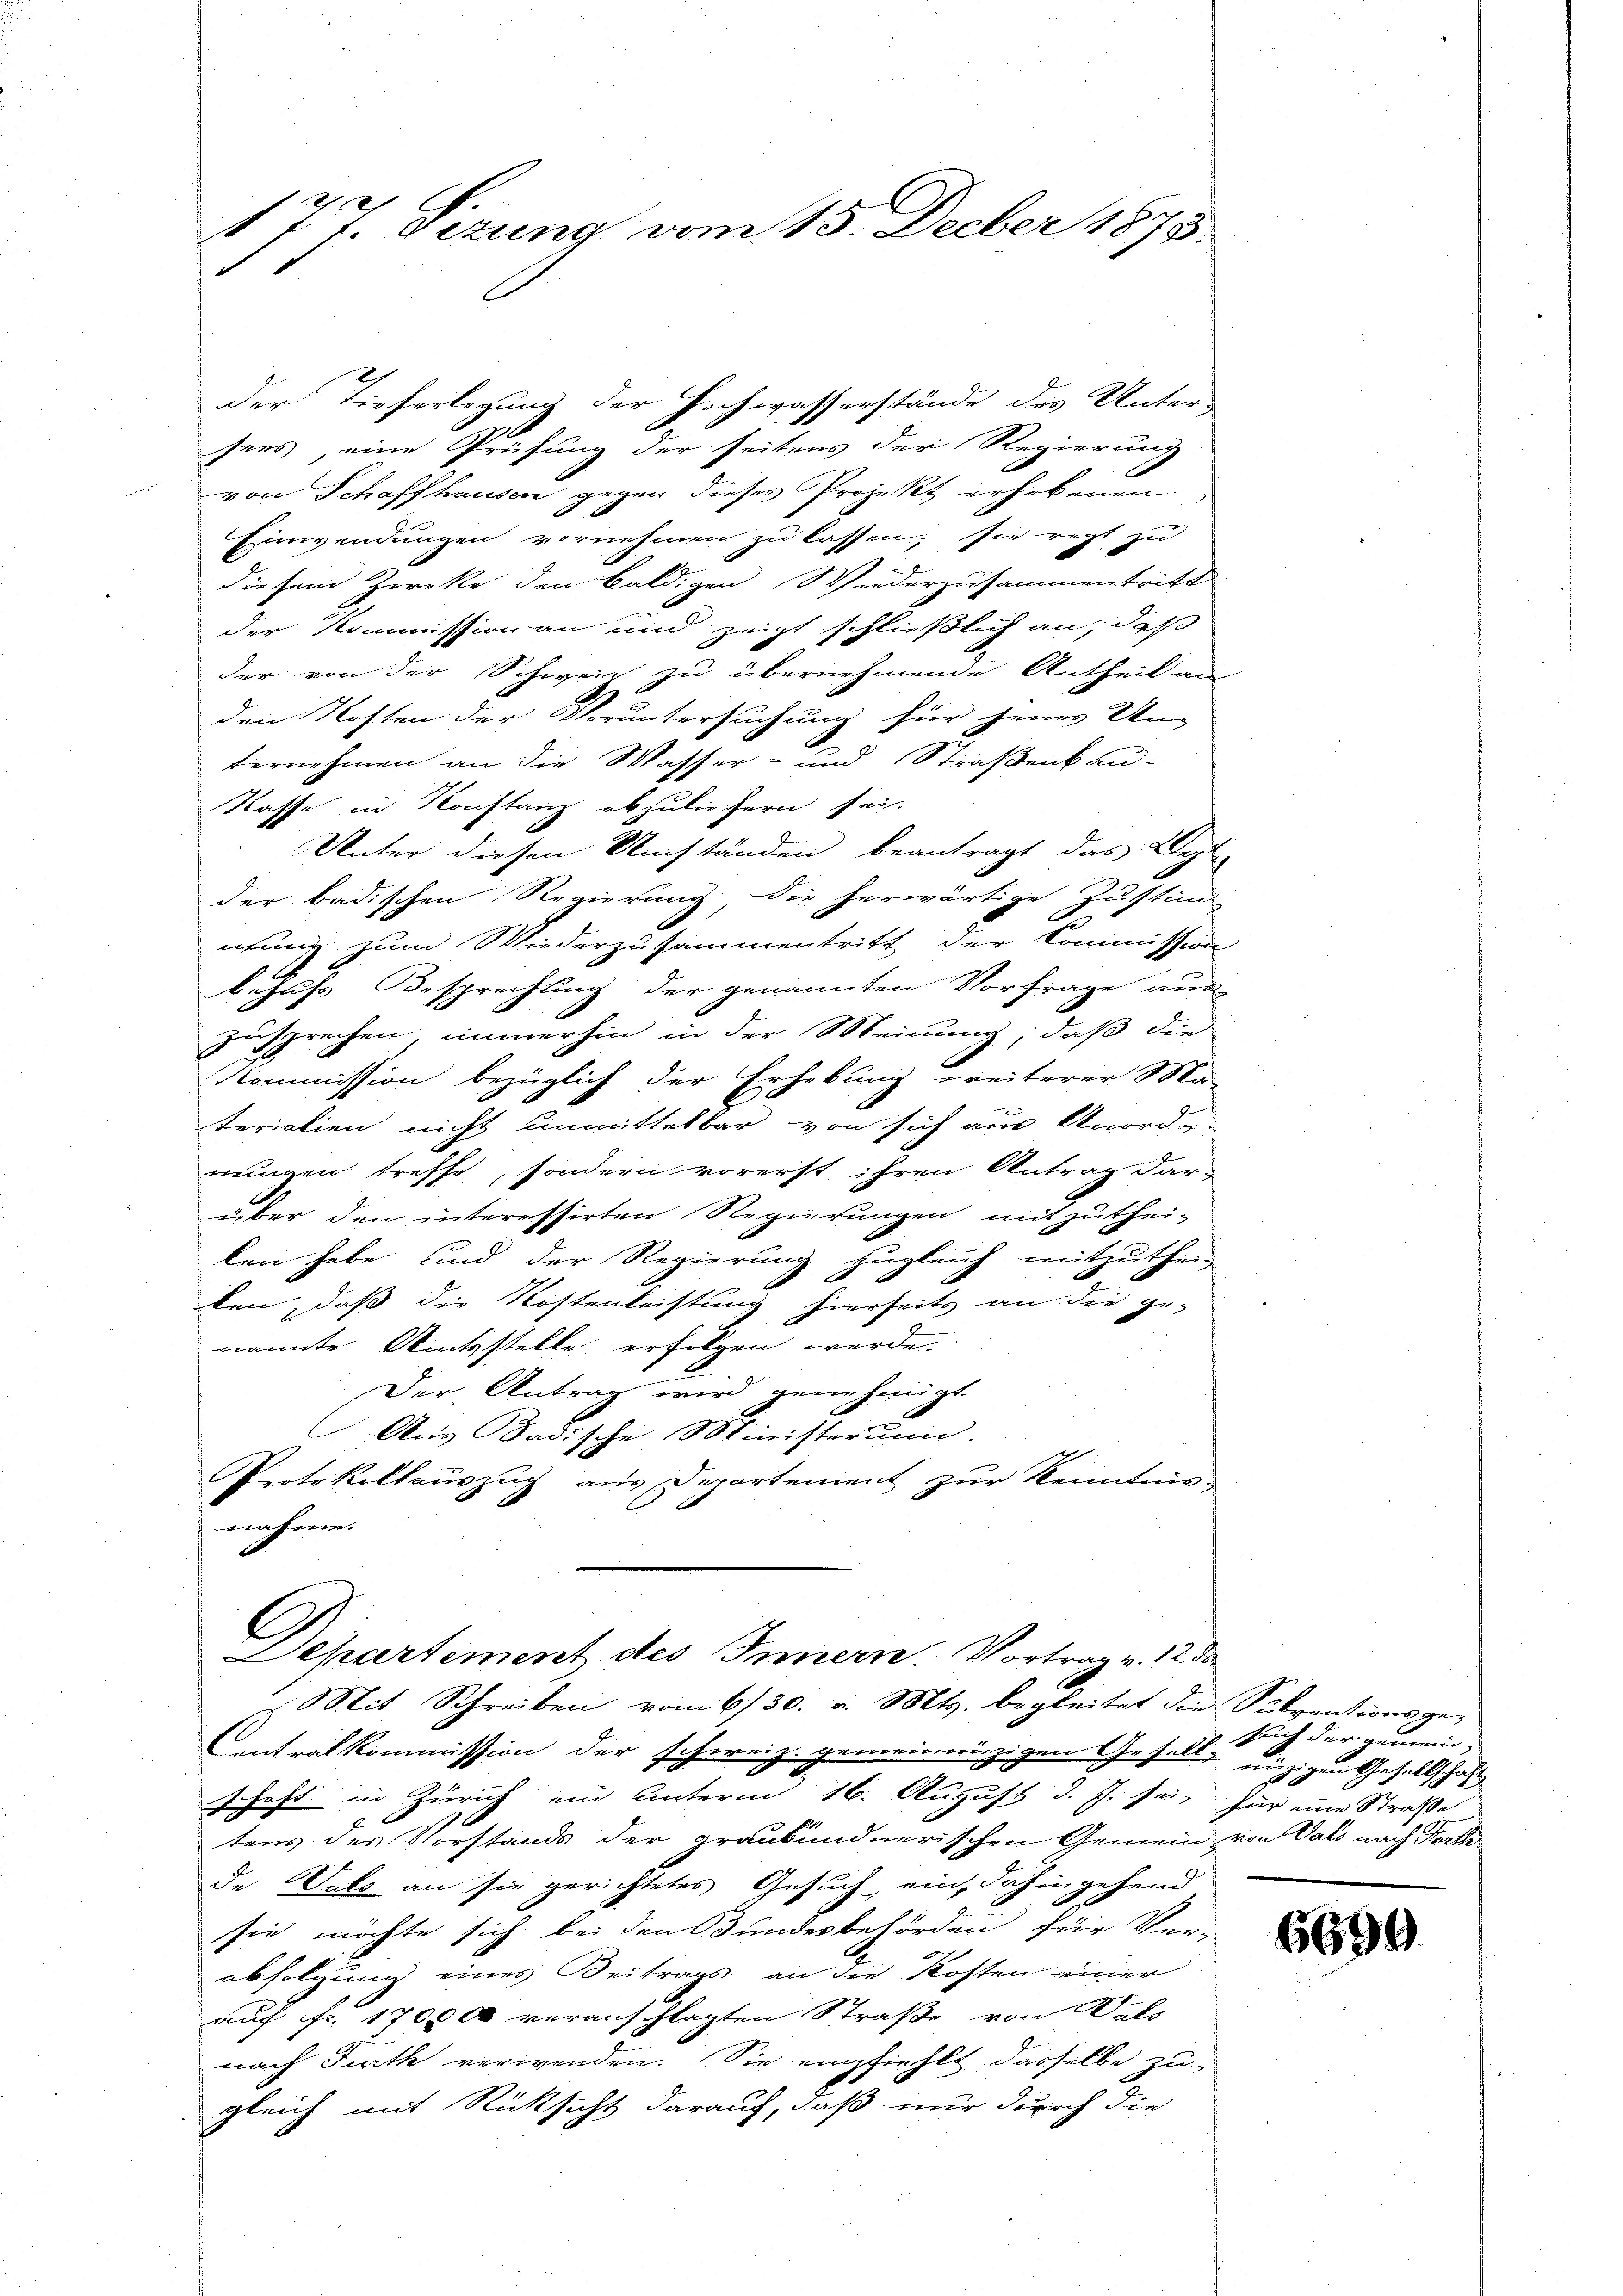
177. Sizung vom 15. Decber 1873.

der Tieferlegung der Hochwasserstände des Unter-
sers, eine Prüfung der seitens der Regierung
von Schaffhausen gegen dieses Projekt erhobenen
Einwendungen vornehmen zu lassen; sie regt zu
diesem Zwecke den baldigen Wiederzusammentritt
der Kommission an und zeigt schließlich an, daß
der von der Schweiz zu übernehmende Antheil an
den Kosten der Voruntersuchung für jener Un-
ternehmen an die Wasser- und Straßenbau¬
Kasse in Konstanz abzuliefern sei.
Unter diesen Umständen beantragt, das Dept
der badischen Regierung die herwärtige Zustim
nung zum Wiederzusammentritt der Commission
behufs Besprechung der genannten Vorfrage aus
zusprechen, immerhin in der Meinung, daß die
Kommission bezüglich der Erhebung weiterer Ma-
terialien nicht unmittelbar von sich aus Anorde-
nungen treffe, sondern vorerst ihren Antrag darüber den interessirten Regierungen mitzuthei-
len habe und der Regierung zugleich mitzuthei-
ken, daß die Kostenleistung hierseits an die ge-
nannte Wintestelle erfolgen werde.
Der Antrag wird genehmigt.
Aus Badische Ministerumm.
Protokollauszug aus Departement zur Kenntnis-
nahme.

Mit Schreiben vom 6/30. v. Mts. begleitet die Subventionsge¬
Centralkommission der schweiz. gemeineinzigen Gesell- unzigen Gesellschaft
schaft in Zürich ein unterm 16. August d. J. sei, für eine Straße
tens des Vorstands der graubündnerischen Gemein von Vals nach Worte
de Dato an sie gerichtetes Gesuch, ein, dahin gehend
sie möchte sich bei den Bundesbehörden für Ver-
abfolgung eines Beitrags an die Kosten einer
auf fr. 17000 veranschlagten Straße von Wals
nach Furth verwenden. Sie empfiehlt dasselbe zu-
gleich mit Rücksicht darauf, daß nur durch die

Separtement des Innern. Vortrag v. 12. do

such der gemein, |

6690.